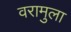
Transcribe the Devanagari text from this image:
वरामुला